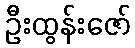
ဦးထွန်းဇော်